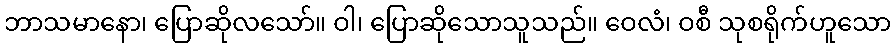
ဘာသမာနော၊ ပြောဆိုလသော်။ ဝါ၊ ပြောဆိုသောသူသည်။ ဝေလံ၊ ဝစီ သုစရိုက်ဟူသော